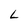
Character: L